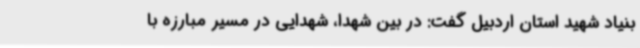
بنیاد شهید استان اردبیل گفت: در بین شهدا، شهدایی در مسیر مبارزه با